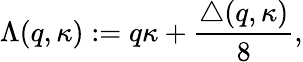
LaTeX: \Lambda(q,\kappa):=q\kappa+\frac{\triangle(q,\kappa)}{8},